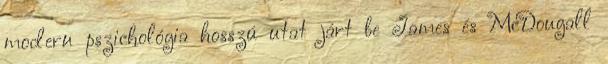
modern pszichológia hosszú utat járt be James és McDougall